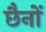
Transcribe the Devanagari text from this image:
छैनों